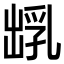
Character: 𪞺